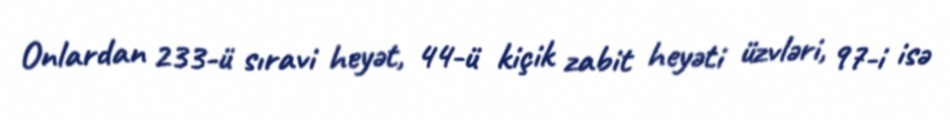
Onlardan 233-ü sıravi heyət, 44-ü kiçik zabit heyəti üzvləri, 97-i isə